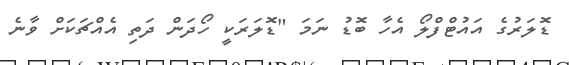
ޑޮލަރުގެ އައުޓްފްލޯ އެހާ ބޮޑު ނަމަ "ޑޮލަރަކީ ހޯދަން ދަތި އެއްޗަކަށް ވާނެ